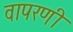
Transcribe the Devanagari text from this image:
वापरणी